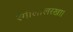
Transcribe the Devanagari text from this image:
रंगीलालरखा।